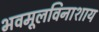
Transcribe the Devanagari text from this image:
भवमूलविनाशाय